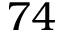
7 4